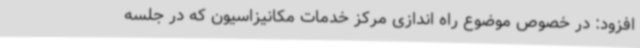
افزود: در خصوص موضوع راه اندازی مرکز خدمات مکانیزاسیون که در جلسه